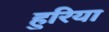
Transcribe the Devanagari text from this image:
हुरिया